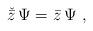
LaTeX: \begin{align*}\check {\bar z}\,\Psi=\bar z\,\Psi \ ,\end{align*}